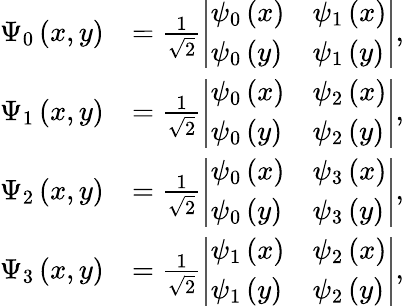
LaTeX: \begin{array}{rl}{\Psi_{0}\left(x,y\right)}&{=\frac{1}{\sqrt{2}}\left|\begin{array}{ll}{\psi_{0}\left(x\right)}&{\psi_{1}\left(x\right)}\\ {\psi_{0}\left(y\right)}&{\psi_{1}\left(y\right)}\end{array}\right|,}\\ {\Psi_{1}\left(x,y\right)}&{=\frac{1}{\sqrt{2}}\left|\begin{array}{ll}{\psi_{0}\left(x\right)}&{\psi_{2}\left(x\right)}\\ {\psi_{0}\left(y\right)}&{\psi_{2}\left(y\right)}\end{array}\right|,}\\ {\Psi_{2}\left(x,y\right)}&{=\frac{1}{\sqrt{2}}\left|\begin{array}{ll}{\psi_{0}\left(x\right)}&{\psi_{3}\left(x\right)}\\ {\psi_{0}\left(y\right)}&{\psi_{3}\left(y\right)}\end{array}\right|,}\\ {\Psi_{3}\left(x,y\right)}&{=\frac{1}{\sqrt{2}}\left|\begin{array}{ll}{\psi_{1}\left(x\right)}&{\psi_{2}\left(x\right)}\\ {\psi_{1}\left(y\right)}&{\psi_{2}\left(y\right)}\end{array}\right|,}\end{array}